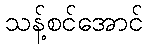
သန့်စင်အောင်